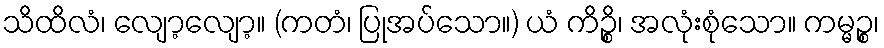
သိထိလံ၊ လျော့လျော့။ (ကတံ၊ ပြုအပ်သော။) ယံ ကိဉ္စိ၊ အလုံးစုံသော။ ကမ္မဉ္စ၊